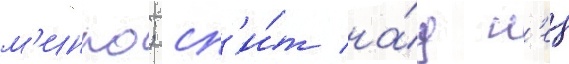
м'инко; сп'и́т на́д н'еи